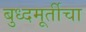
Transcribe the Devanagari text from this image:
बुध्दमूर्तीचा